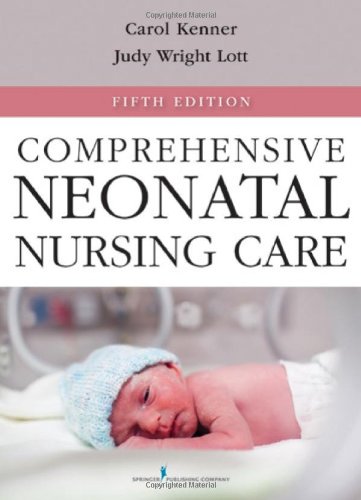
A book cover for Comprehensive Neonatal Nursing Care: Fifth Edition (Comprehensive Neonatal Nursing: A Physiologic Perspective (Kenner)); Medical Books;